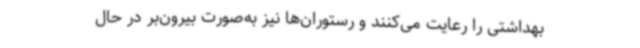
بهداشتی را رعایت می‌کنند و رستوران‌ها نیز به‌صورت بیرون‌بر در حال